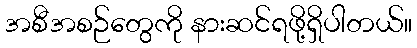
အစီအစဉ်တွေကို နားဆင်ရဖို့ရှိပါတယ်။